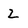
Character: 2